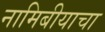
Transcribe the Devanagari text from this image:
नामिबीयाचा